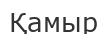
Қамыр